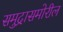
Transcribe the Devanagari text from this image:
समुद्रासमोरील